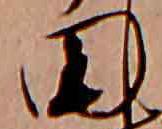
田